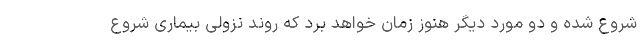
شروع شده و دو مورد دیگر هنوز زمان خواهد برد که روند نزولی بیماری شروع